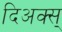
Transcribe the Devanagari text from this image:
दिअक्स्